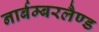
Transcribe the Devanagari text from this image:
नार्बम्बरलैण्ड